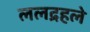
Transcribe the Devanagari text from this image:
ललद्रहले